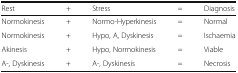
| Rest | + | Stress | = | Diagnosis |
 | --- | --- | --- | --- | --- |
 | Normokinesis | + | Normo-Hyperkinesis | = | Normal |
 | Normokinesis | + | Hypo, A, Dyskinesis | = | Ischaemia |
 | Akinesis | + | Hypo, Normokinesis | = | Viable |
 | A-, Dyskinesis | + | A-, Dyskinesis | = | Necrosis |